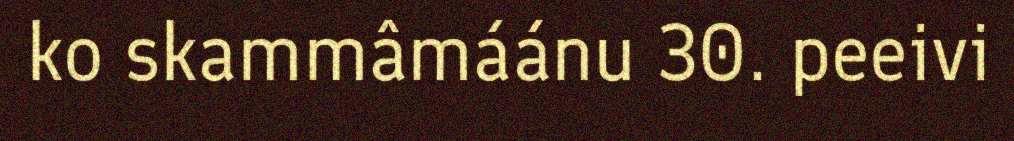
ko skammâmáánu 30. peeivi